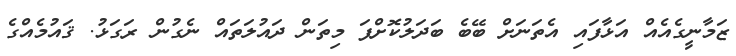
ޒަމާނީގެއެއް އަޅާފައި އެތަނަށް ބޭބެ ބަދަލުކޮށްފަ މިތަން ދައުލަތައް ނެގުން ރަގަޅު. ޤައުމެއްގެ